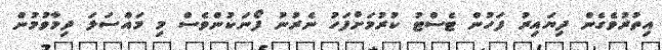
އިތުރުވެގެން ދިޔައިރު ފަހުން ޓެސްޓު ކުރުމަށްފަހު ނެރުނު ފޯނަކުންވެސް މި މައްސަލަ ދިމާވުމުން